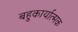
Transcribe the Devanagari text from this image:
बहुकार्यात्‍मक